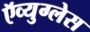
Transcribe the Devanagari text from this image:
ऍव्युग्लेस